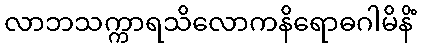
လာဘသက္ကာရသိလောကနိရောဓဂါမိနိံ